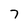
Character: 7